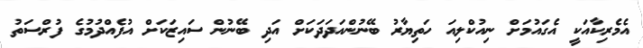
އެމެރިކާއަކީ އެގައުމަށް ނިއުކްލިއަ ހަތިޔާރު ބޭނުންއަދަދަކަށް އަދި ބޭނުން ސައިޒަކަށް އުފެއްދުމުގެ ފުރްސަތު